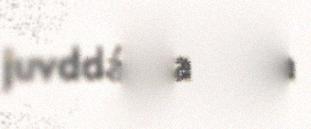
juvddálaččaid ja